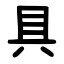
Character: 具